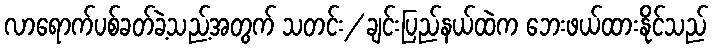
လာရောက်ပစ်ခတ်ခဲ့သည့်အတွက် သတင်း/ ချင်းပြည်နယ်ထဲက ဘေးဖယ်ထားနိုင်သည်